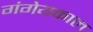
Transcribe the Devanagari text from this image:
गंगेयकाल